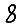
Digit: 8